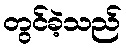
တွင်ခဲ့သည်